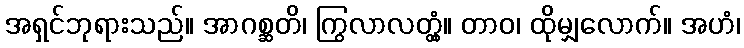
အရှင်ဘုရားသည်။ အာဂစ္ဆတိ၊ ကြွလာလတ္တံ့။ တာဝ၊ ထိုမျှလောက်။ အဟံ၊